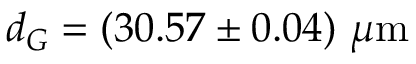
d _ { G } = ( 3 0 . 5 7 \pm 0 . 0 4 ) ~ \mu \mathrm { m }